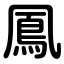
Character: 鳳